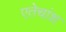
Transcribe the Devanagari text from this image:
एतेचांश